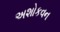
અશોકવન